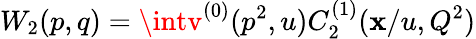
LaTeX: W_{2}(p,q)=\intv^{(0)}(p^{2},u)C_{2}^{(1)}(\mathbf{x}/u,Q^{2})